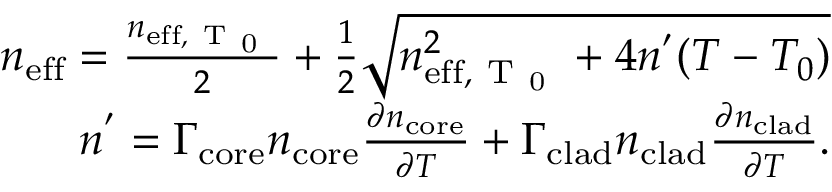
\begin{array} { r } { n _ { \mathrm { e f f } } = \frac { n _ { \mathrm { e f f , ~ T ~ _ 0 ~ } } } { 2 } + \frac { 1 } { 2 } \sqrt { n _ { \mathrm { e f f , ~ T ~ _ 0 ~ } } ^ { 2 } + 4 n ^ { ' } ( T - T _ { 0 } ) } } \\ { n ^ { ' } = \Gamma _ { \mathrm { c o r e } } n _ { \mathrm { c o r e } } \frac { \partial n _ { \mathrm { c o r e } } } { \partial T } + \Gamma _ { \mathrm { c l a d } } n _ { \mathrm { c l a d } } \frac { \partial n _ { \mathrm { c l a d } } } { \partial T } . } \end{array}